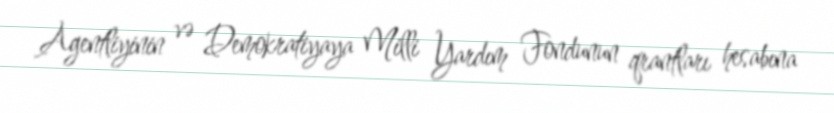
Agentliyinin və Demokratiyaya Milli Yardım Fondunun qrantları hesabına